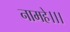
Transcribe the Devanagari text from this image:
नामहे।।।